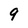
Character: 9